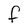
Character: F